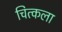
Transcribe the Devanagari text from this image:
चित्कला